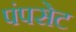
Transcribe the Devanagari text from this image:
पंपसेट